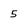
Character: 5